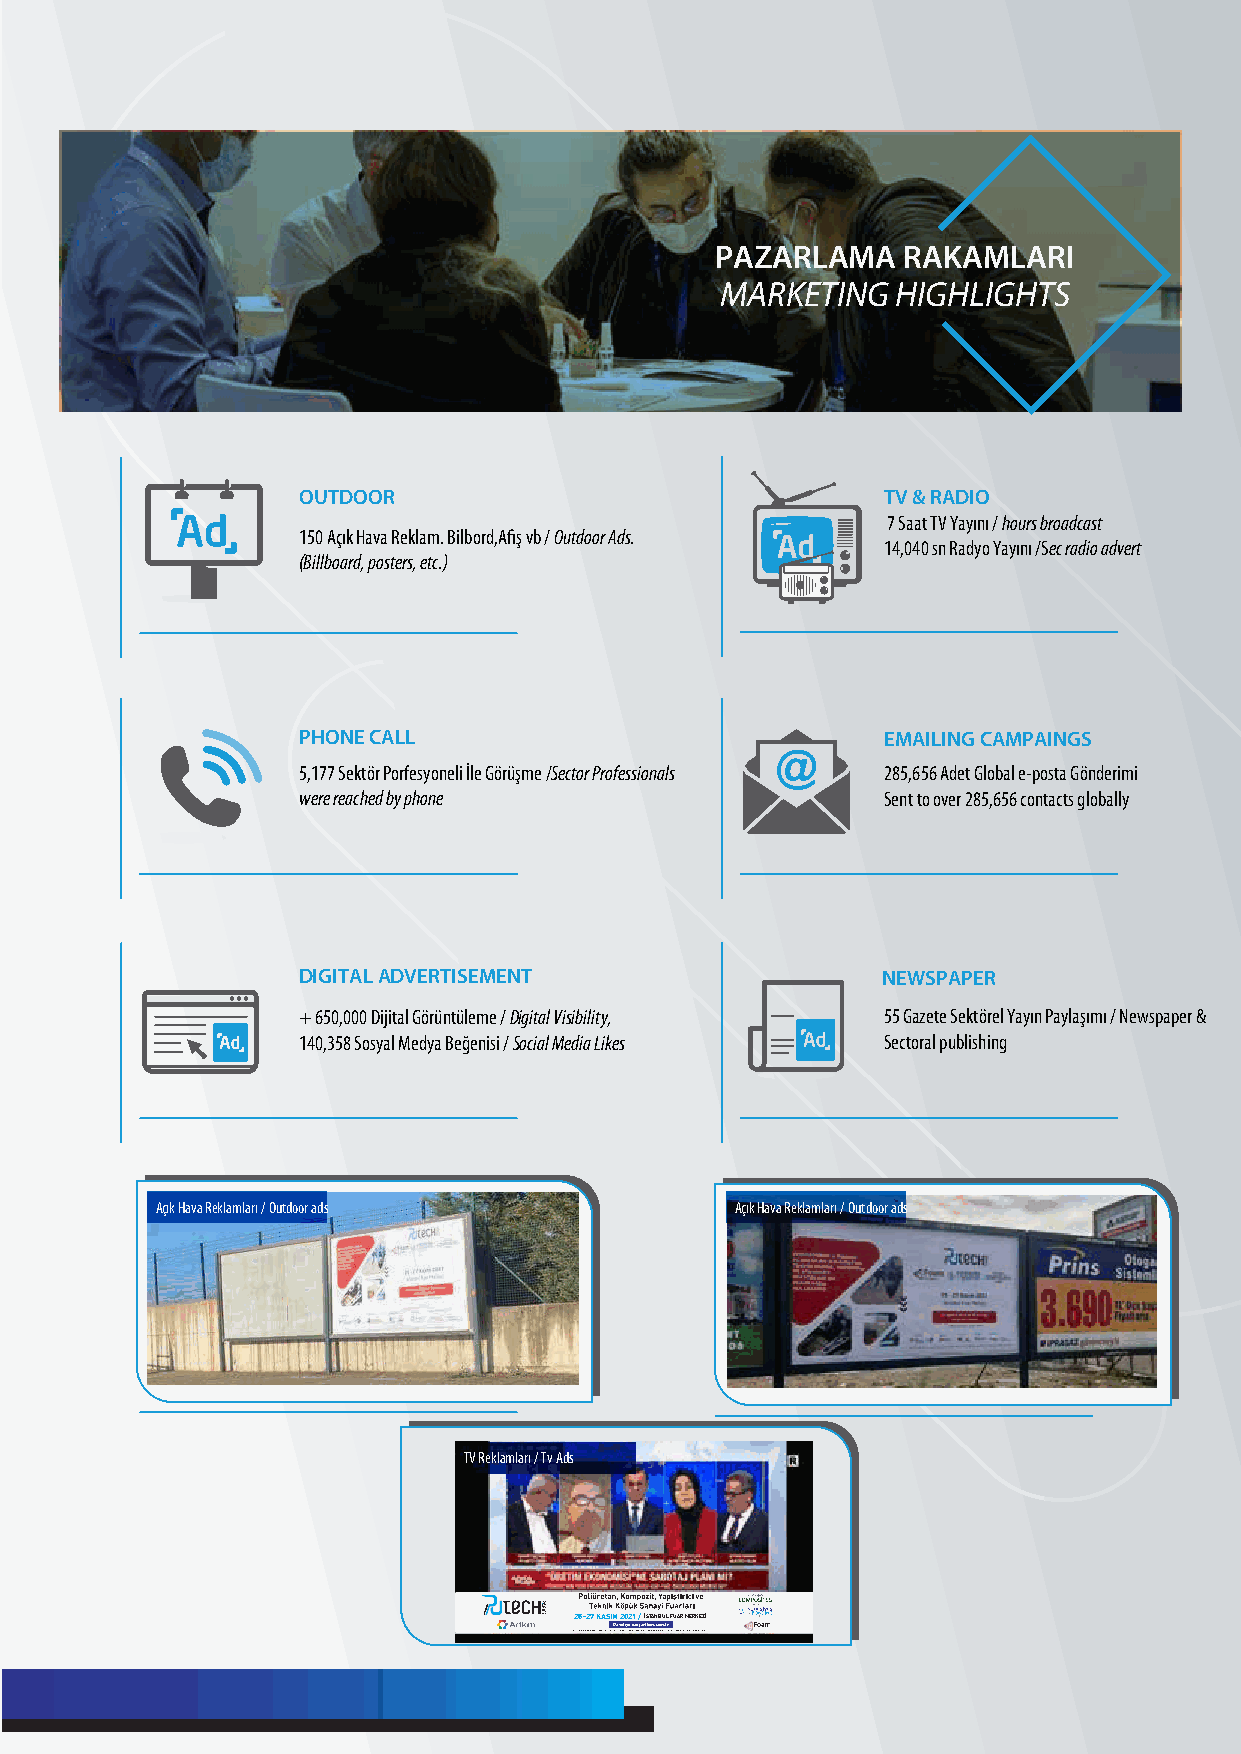
PAZARLAMA    RAKAMLARI
 MARKETING  HIGHLIGHTS
 OUTDOOR                                TV & RADIO
 7 Saat TV Yayını / hours broadcast
 150 Açık Hava Reklam. Bilbord,Afiş vb / Outdoor Ads.
 14,040 sn Radyo Yayını /Sec radio advert
 (Billboard, posters, etc.)
 PHONE CALL                             EMAILING CAMPAINGS
 5,177 Sektör Porfesyoneli İle Görüşme /Sector Professionals 285,656 Adet Global e-posta Gönderimi
 were reached by phone                  Sent to over 285,656 contacts globally
 DIGITAL ADVERTISEMENT                 NEWSPAPER
 + 650,000 Dijital Görüntüleme / Digital Visibility, 55 Gazete Sektörel Yayın Paylaşımı / Newspaper &
 140,358 Sosyal Medya Beğenisi / Social Media Likes Sectoral publishing
 Açık Hava Reklamları / Outdoor ads     Açık Hava Reklamları / Outdoor ads
 TV Reklamları / Tv Ads
 25-27 KASIM 2021 /İSTANBUL FUAR MERKEZİ
 Davetiye için; artkim.com.tr
 BU FUARLAR 5174 SAYILI KANUN GEREĞİNCE TOBB (TÜRKİYE ODALAR VE BORSALAR BİRLİĞİ) DENETİMİNDE DÜZENLENMEKTEDİR.